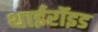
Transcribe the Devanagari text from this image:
थाईरॉइड